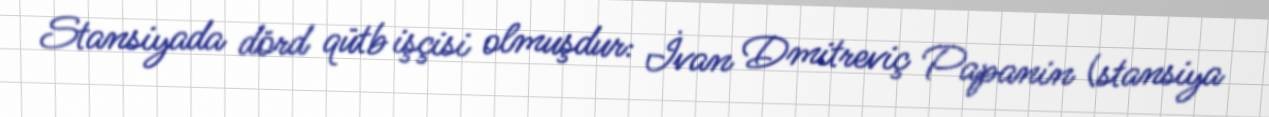
Stansiyada dörd qütb işçisi olmuşdur: İvan Dmitreviç Papanin (stansiya